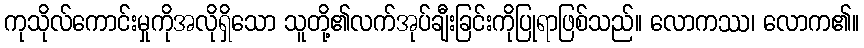
ကုသိုလ်ကောင်းမှုကိုအလိုရှိသော သူတို့၏လက်အုပ်ချီးခြင်းကိုပြုရာဖြစ်သည်။ လောကဿ၊ လောက၏။